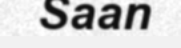
Saan